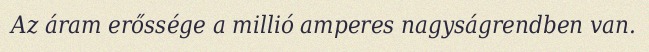
Az áram erőssége a millió amperes nagyságrendben van.